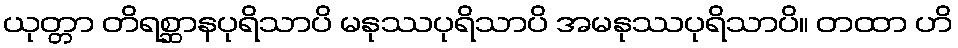
ယုတ္တာ တိရစ္ဆာနပုရိသာပိ မနုဿပုရိသာပိ အမနုဿပုရိသာပိ။ တထာ ဟိ